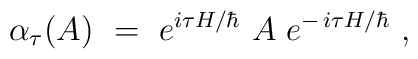
\alpha_\tau (A) \ = \ e^{i\tau	H/\hbar} \ A\; e^{-\,i\tau H/\hbar} \ ,